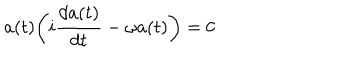
LaTeX: a ( t ) \biggl ( i { \frac { d a ( t ) } { d t } } - \omega a ( t ) \biggr ) = 0